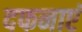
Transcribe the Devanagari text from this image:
दफनाएं